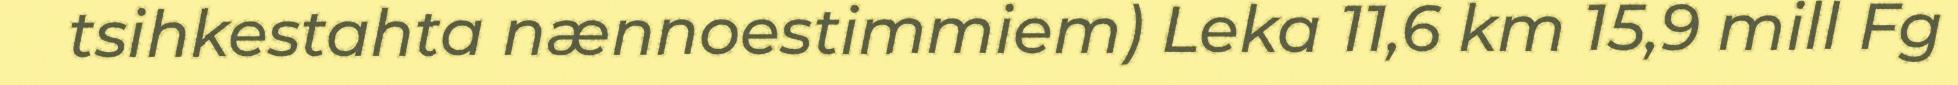
tsihkestahta nænnoestimmiem) Leka 11,6 km 15,9 mill Fg